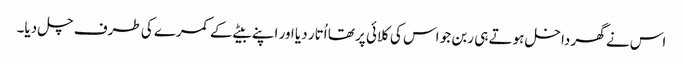
اس نے گھر داخل ہوتے ہی ربن جو اس کی کلائی پر تھا اُتار دیا اور اپنے بیٹے کے کمرے کی طرف چل دیا۔